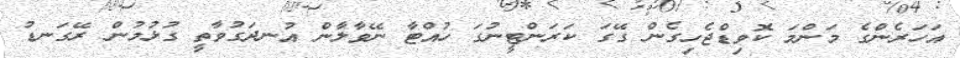
އަހަރެންގެ މަންމަ ކޮވިޑްޖެހިގެން ގޭގަ ކަރަންޓީނުގަ ހުއްޓާ ނޭވާލާން އުނދަގުވާތީ ގުޅުމުން ރޭގަނޑު